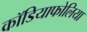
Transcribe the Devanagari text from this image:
कॉडियाफोलिया